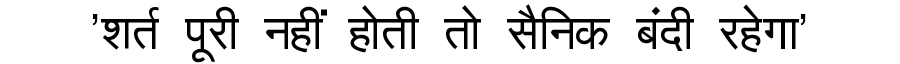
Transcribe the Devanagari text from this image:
'शर्त पूरी नहीं होती तो सैनिक बंदी रहेगा'